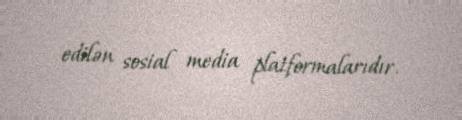
edilən sosial media platformalarıdır.